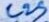
Text: C25